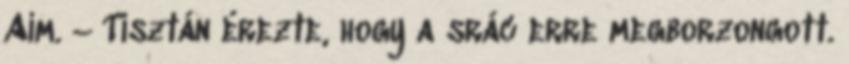
Aim. – Tisztán érezte, hogy a srác erre megborzongott.